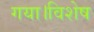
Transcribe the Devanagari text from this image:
गया।विशेष